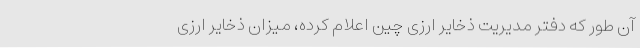
آن طور که دفتر مدیریت ذخایر ارزی چین اعلام کرده، میزان ذخایر ارزی